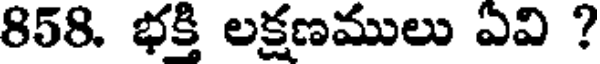
858. భక్తి లక్షణములు ఏవి ?